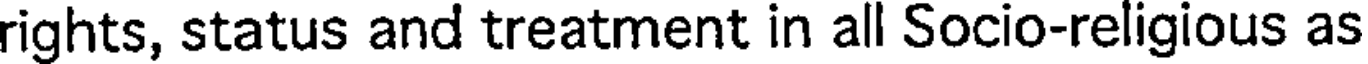
rights, status and treatment in all Socio-religious as